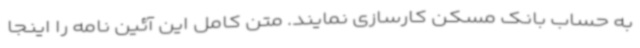
به حساب بانک مسکن کارسازی نمایند. متن کامل این آئین نامه را اینجا